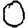
Digit: 0